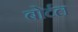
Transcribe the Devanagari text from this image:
बोर्टल